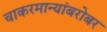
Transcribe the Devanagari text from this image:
चाकरमान्यांबरोबर